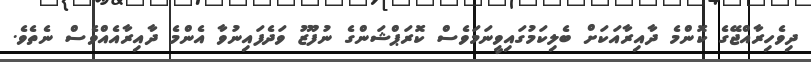
ދިވެހިރާއްޖޭގެ ކޮންމެ ދާއިރާއަކަށް ބެލިކަމުގައިވީނަމަވެސް ކޮރަޕްޝަންގެ ނުފޫޒު ވަދެފައިނުވާ އެންމެ ދާއިރާއެއްވެސް ނެތެވެ.